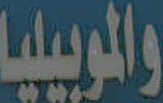
والموبيليا